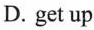
D.get up